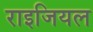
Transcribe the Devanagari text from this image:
राइजियल